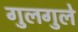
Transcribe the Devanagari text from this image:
गुलगुले